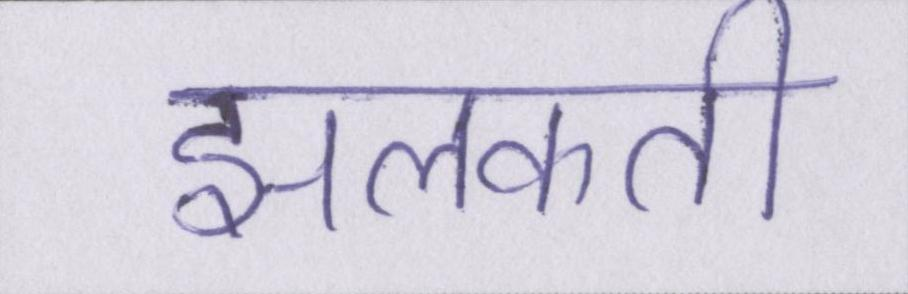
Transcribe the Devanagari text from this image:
झलकती